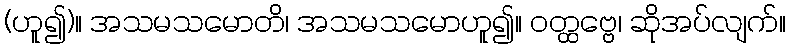
(ဟူ၍)။ အသမသမောတိ၊ အသမသမောဟူ၍။ ဝတ္ထဗ္ဗေ၊ ဆိုအပ်လျက်။